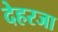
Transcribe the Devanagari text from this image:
देहरजा